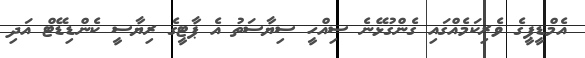
އެމްޑީޕީގެ ވެރިކަމެއްގައި ގެންގުޅޭނެ ސިއްހީ ސިޔާސަތު އެ ޕާޓީގެ ރިޔާސީ ކެންޑިޑޭޓް އަދި